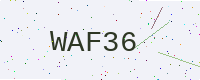
Text: WAF36